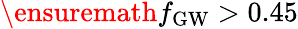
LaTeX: \ensuremath{f_{\mathrm{GW}}}>0.45